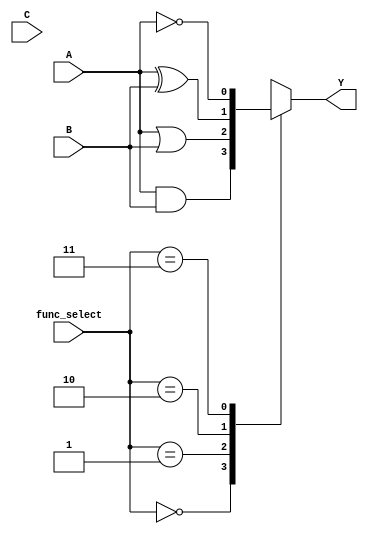
module combinational_logic_block (
    input wire A,       // Input A
    input wire B,       // Input B
    input wire C,       // Input C (optional for some functions)
    input wire [1:0] func_select, // Function select: 00-AND, 01-OR, 10-XOR, 11-NOT
    output reg Y        // Output Y
);

    always @(*) begin
        case (func_select)
            2'b00: Y = A & B;        // AND operation
            2'b01: Y = A | B;        // OR operation
            2'b10: Y = A ^ B;        // XOR operation
            2'b11: Y = ~A;           // NOT operation (single input)
            default: Y = 1'b0;       // Default case (should not occur)
        endcase
    end

endmodule